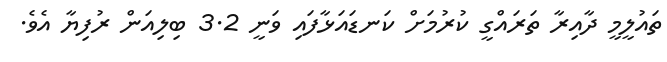
ތައުލީމީ ދާއިރާ ތަރައްގީ ކުރުމަށް ކަނޑައަޅާފައި ވަނީ 3.2 ބިލިއަން ރުފިޔާ އެވެ.